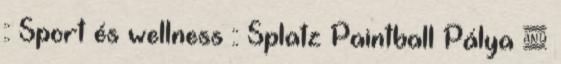
:: Sport és wellness :: Splatz Paintball Pálya &